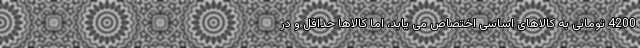
4200 تومانی به کالاهای اساسی اختصاص می یابد، اما کالاها حداقل و در